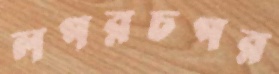
লপরচপর